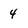
Character: 4